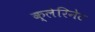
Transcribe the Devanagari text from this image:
क्लेरिनेट